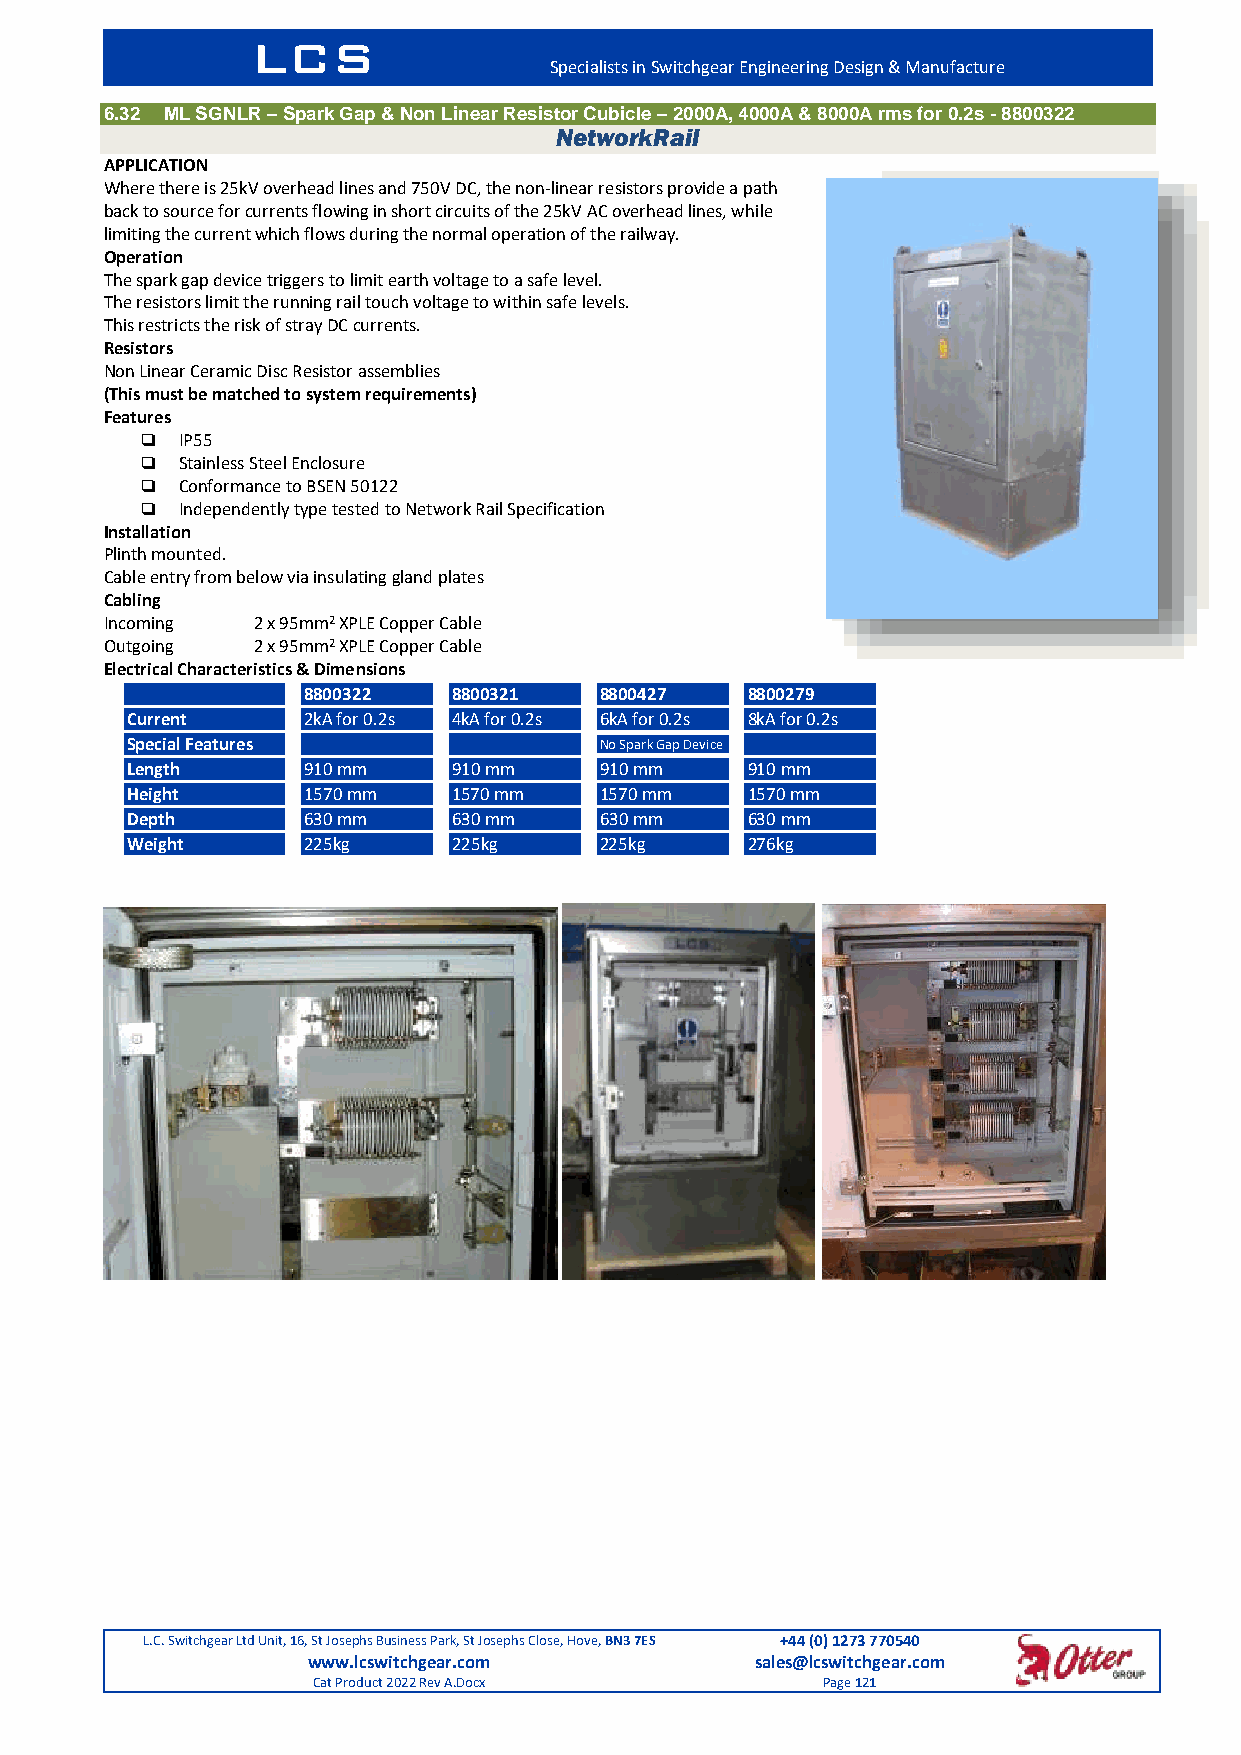
LCS
 Specialists in Switchgear Engineering Design & Manufacture
 6.32 ML SGNLR – Spark Gap & Non Linear Resistor Cubicle – 2000A, 4000A & 8000A rms for 0.2s - 8800322
 NetworkRail
 APPLICATION
 Where there is 25kV overhead lines and 750V DC, the non-linear resistors provide a path
 back to source for currents flowing in short circuits of the 25kV AC overhead lines, while
 limiting the current which flows during the normal operation of the railway.
 Operation
 The spark gap device triggers to limit earth voltage to a safe level.
 The resistors limit the running rail touch voltage to within safe levels.
 This restricts the risk of stray DC currents.
 Resistors
 Non Linear Ceramic Disc Resistor assemblies
 (This must be matched to system requirements)
 Features
   IP55
   Stainless Steel Enclosure
   Conformance to BSEN 50122
   Independently type tested to Network Rail Specification
 Installation
 Plinth mounted.
 Cable entry from below via insulating gland plates
 Cabling
 Incoming  2 x 95mm2 XPLE Copper Cable
 Outgoing  2 x 95mm2 XPLE Copper Cable
 Electrical Characteristics & Dimensions
 8800322   8800321   8800427  8800279
 Current     2kA for 0.2s 4kA for 0.2s 6kA for 0.2s 8kA for 0.2s
 Special Features                No Spark Gap Device
 Length      910 mm    910 mm    910 mm   910 mm
 Height      1570 mm   1570 mm   1570 mm  1570 mm
 Depth       630 mm    630 mm    630 mm   630 mm
 Weight      225kg     225kg     225kg    276kg
 L.C. Switchgear Ltd Unit, 16, St Josephs Business Park, St Josephs Close, Hove, BN3 7ES +44 (0) 1273 770540
 www.lcswitchgear.com          sales@lcswitchgear.com
 Cat Product 2022 Rev A.Docx      Page 121